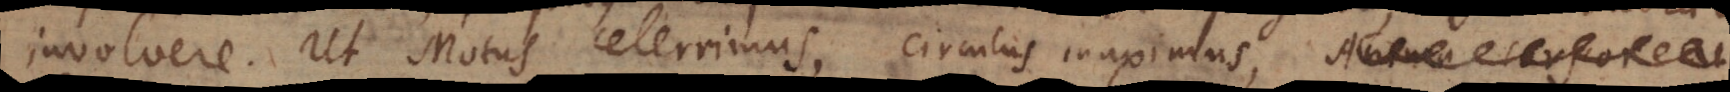
involvere. Ut Motus celerrimus, circulus maximus,